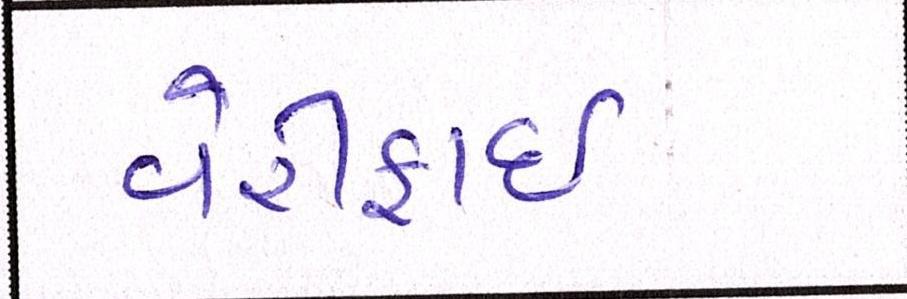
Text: વેરીફાઈ